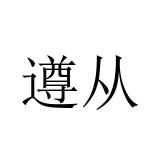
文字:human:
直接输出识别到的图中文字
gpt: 遵从